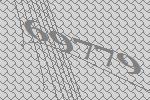
69779